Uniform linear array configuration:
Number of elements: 24
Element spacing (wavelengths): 0.25
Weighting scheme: blackman
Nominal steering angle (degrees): -60
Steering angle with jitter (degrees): -61.963
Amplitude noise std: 0.05
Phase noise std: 0.05

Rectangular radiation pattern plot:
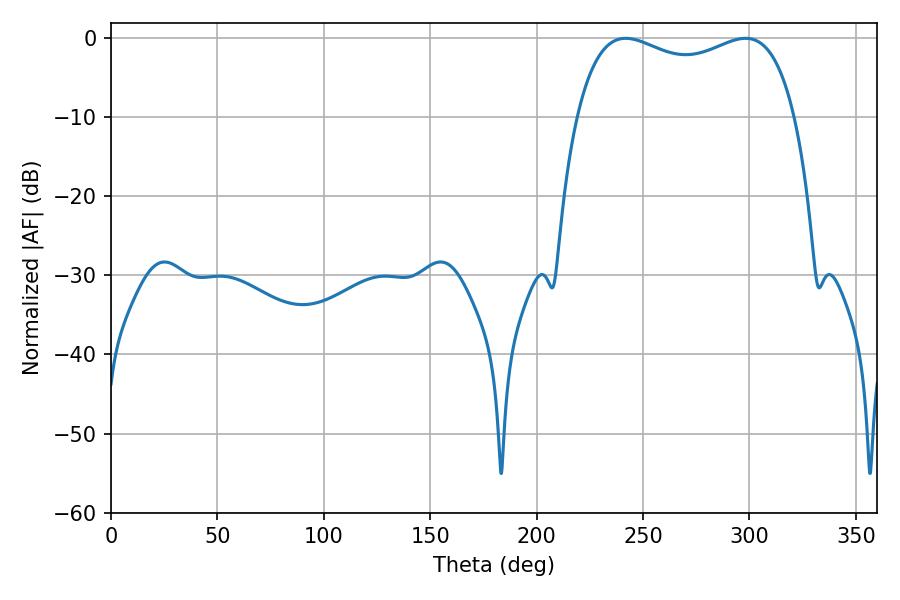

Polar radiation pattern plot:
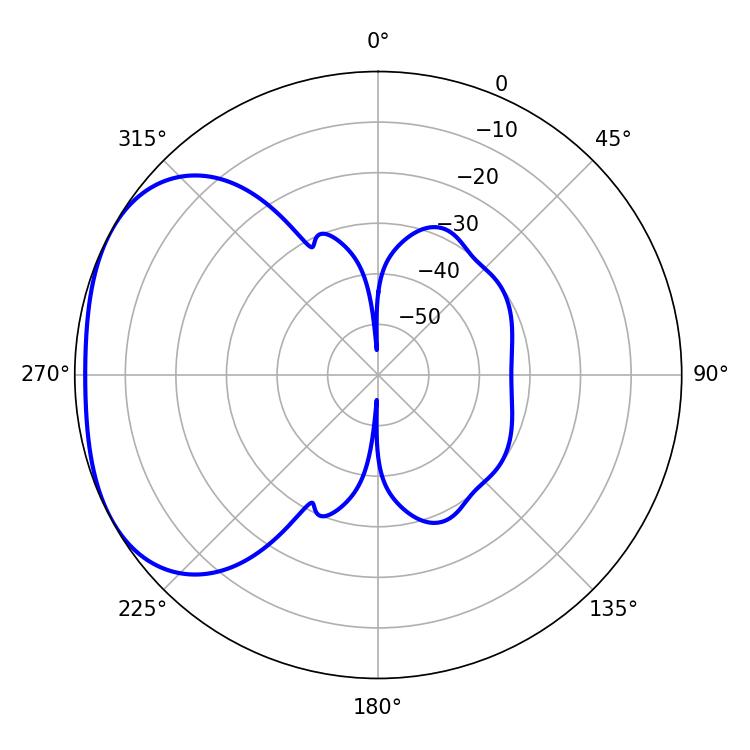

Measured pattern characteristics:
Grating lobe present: FALSE
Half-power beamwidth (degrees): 84.6
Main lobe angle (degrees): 241.92